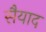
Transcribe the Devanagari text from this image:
सैयाद